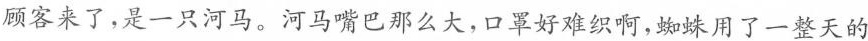
顾客来了，是一只河马。河马嘴巴那么大，口罩好难织啊，蜘蛛用了一整天的